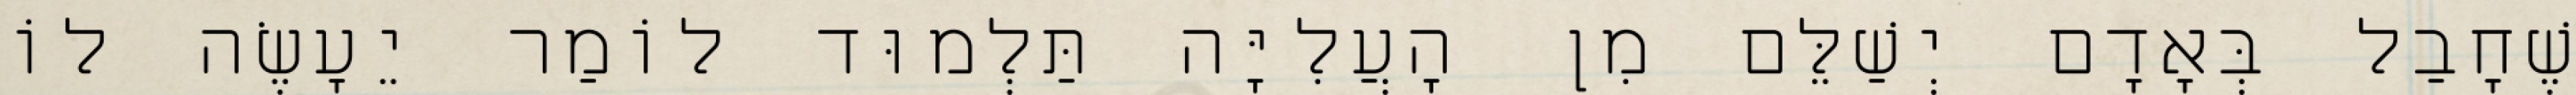
שֶׁחָבַל בְּאָדָם יְשַׁלֵּם מִן הָעֲלִיָּה תַּלְמוּד לוֹמַר יֵעָשֶׂה לוֹ